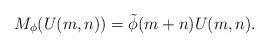
LaTeX: \begin{align*}M_\phi(U(m,n))=\tilde{\phi}(m+n)U(m,n).\end{align*}